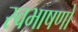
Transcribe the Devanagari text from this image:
स्वभाषणों